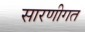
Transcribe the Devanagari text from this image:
सारणीगत